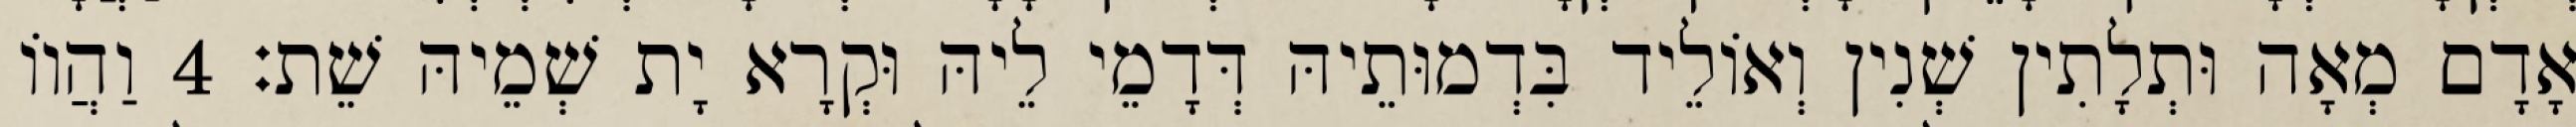
אָדָם מְאָה וּתְלָתִין שְׁנִין וְאוֹלֵיד בִּדְמוּתֵיהּ דְּדָמֵי לֵיהּ וּקְרָא יָת שְׁמֵיהּ שֵׁת׃ 4 וַהֲווֹ